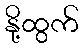
နို့ထွက်